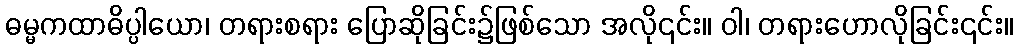
ဓမ္မကထာဓိပ္ပါယော၊ တရားစရား ပြောဆိုခြင်း၌ဖြစ်သော အလို၎င်း။ ဝါ၊ တရားဟောလိုခြင်း၎င်း။